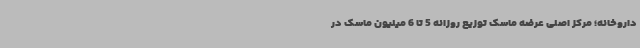
داروخانه؛ مرکز اصلی عرضه ماسک توزیع روزانه 5 تا 6 میلیون ماسک در